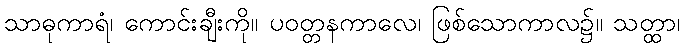
သာဓုကာရံ၊ ကောင်းချီးကို။ ပဝတ္တနကာလေ၊ ဖြစ်သောကာလ၌။ သတ္ထာ၊